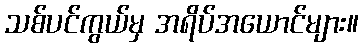
သစ်ပင်ကွယ်မှ အရိပ်အယောင်များ။